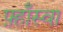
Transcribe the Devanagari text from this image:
फ़्हाँस्वा